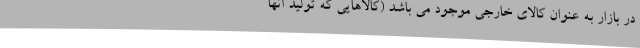
در بازار به عنوان کالای خارجی موجود می باشد (کالاهایی که تولید آنها